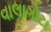
વાલાગોટા